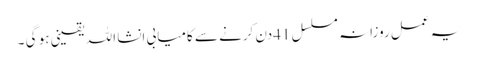
یہ عمل روزانہ مسلسل 41دن کرنے سے کامیابی انشا اللہ یقینی ہو گی ۔